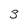
Character: 3